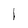
Character: I